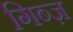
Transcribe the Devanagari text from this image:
गिब्ज़